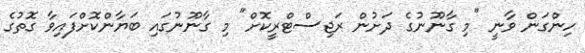
ހިންގަން ވާނީ "މި ގާނޫނުގެ ދަށުން ރަޖިސްޓްރީކޮށް" މި ގާނޫނުގައި ބަޔާންކޮށްފައިވާ ގޮތުގެ